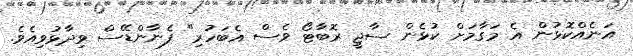
އަނެއްކޮޅުން އެ މަގާމަށް ކުޅެން ސާޖީ ރޮބާޓޯ ވެސް އެބަހުރި" ފެނާންޑޭސް ވިދާޅުވިއެވެ.